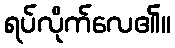
ရပ်လိုက်လေ၏။